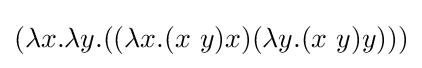
(\lambda x.\lambda y.((\lambda x.(x\ y)x)(\lambda y.(x\ y)y)))